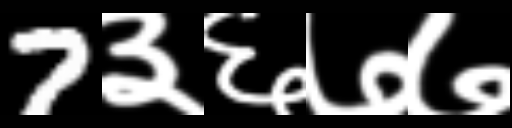
Text: 7३६७७